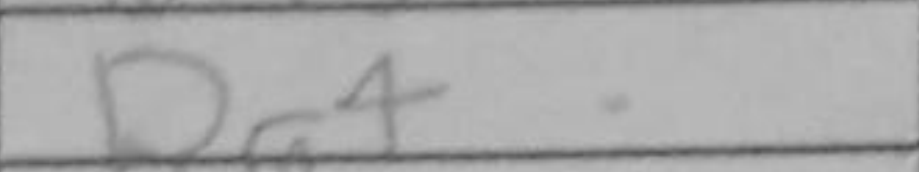
Transcription: Bg4